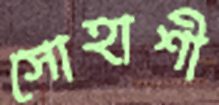
সোহাশী